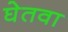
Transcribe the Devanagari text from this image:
घेतवा